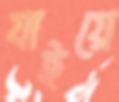
যাইয়ে